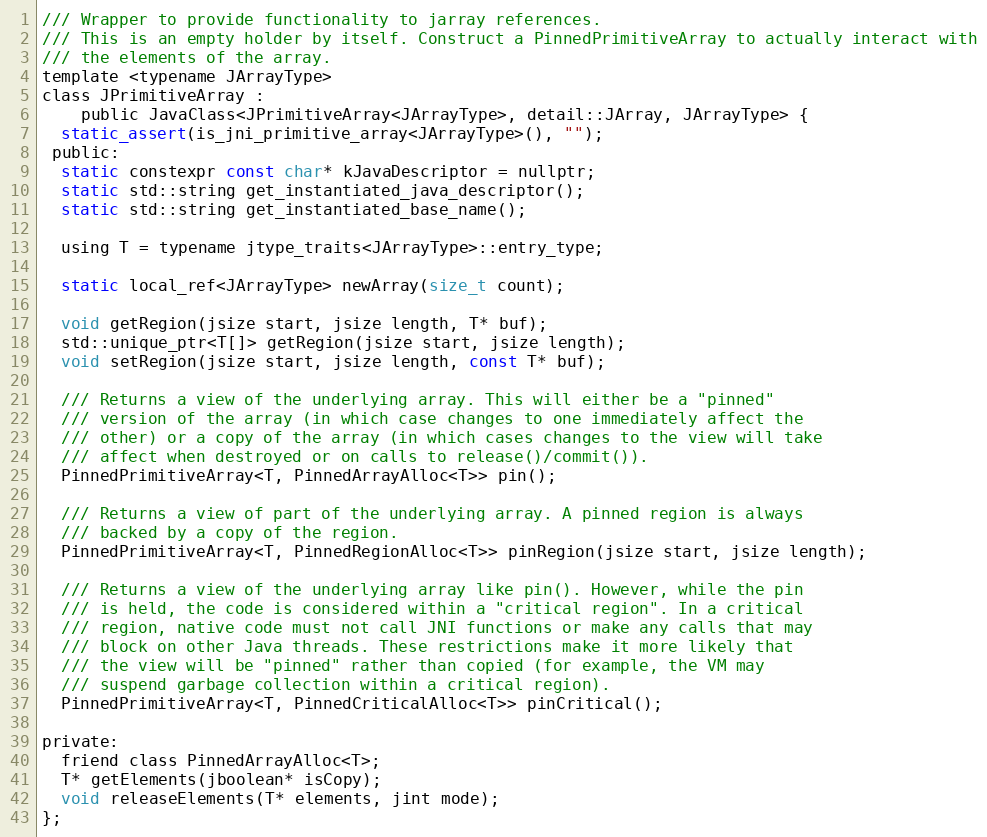
Language: C
/// Wrapper to provide functionality to jarray references.
/// This is an empty holder by itself. Construct a PinnedPrimitiveArray to actually interact with
/// the elements of the array.
template <typename JArrayType>
class JPrimitiveArray :
    public JavaClass<JPrimitiveArray<JArrayType>, detail::JArray, JArrayType> {
  static_assert(is_jni_primitive_array<JArrayType>(), "");
 public:
  static constexpr const char* kJavaDescriptor = nullptr;
  static std::string get_instantiated_java_descriptor();
  static std::string get_instantiated_base_name();

  using T = typename jtype_traits<JArrayType>::entry_type;

  static local_ref<JArrayType> newArray(size_t count);

  void getRegion(jsize start, jsize length, T* buf);
  std::unique_ptr<T[]> getRegion(jsize start, jsize length);
  void setRegion(jsize start, jsize length, const T* buf);

  /// Returns a view of the underlying array. This will either be a "pinned"
  /// version of the array (in which case changes to one immediately affect the
  /// other) or a copy of the array (in which cases changes to the view will take
  /// affect when destroyed or on calls to release()/commit()).
  PinnedPrimitiveArray<T, PinnedArrayAlloc<T>> pin();

  /// Returns a view of part of the underlying array. A pinned region is always
  /// backed by a copy of the region.
  PinnedPrimitiveArray<T, PinnedRegionAlloc<T>> pinRegion(jsize start, jsize length);

  /// Returns a view of the underlying array like pin(). However, while the pin
  /// is held, the code is considered within a "critical region". In a critical
  /// region, native code must not call JNI functions or make any calls that may
  /// block on other Java threads. These restrictions make it more likely that
  /// the view will be "pinned" rather than copied (for example, the VM may
  /// suspend garbage collection within a critical region).
  PinnedPrimitiveArray<T, PinnedCriticalAlloc<T>> pinCritical();

private:
  friend class PinnedArrayAlloc<T>;
  T* getElements(jboolean* isCopy);
  void releaseElements(T* elements, jint mode);
};